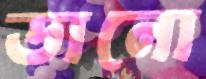
ডানো